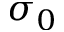
\sigma _ { 0 }